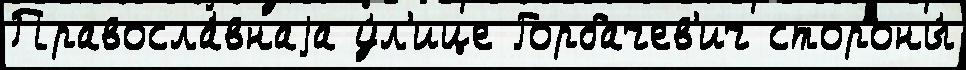
Правосла́внаjа у́л'ице Горбачев'ич стороны́